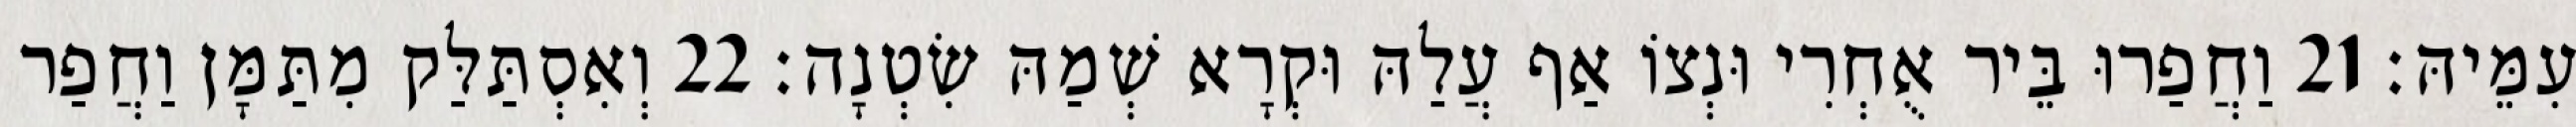
עִמֵּיהּ׃ 21 וַחֲפַרוּ בֵּיר אֻחְרִי וּנְצוֹ אַף עֲלַהּ וּקְרָא שְׁמַהּ שִׂטְנָה׃ 22 וְאִסְתַּלַּק מִתַּמָּן וַחֲפַר